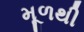
મૂળથી